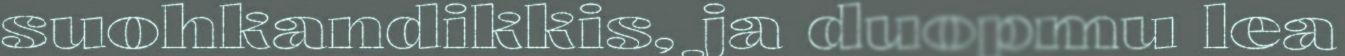
suohkandikkis, ja duopmu lea